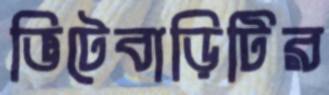
ভিটেবাড়িটির